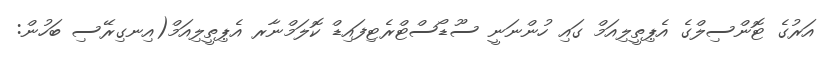
އަރުގެ ޓޮންސިލްގެ އެޕިތީލިއަމް ގައި ހުންނަނީ ސޫޑޯސްޓްރެޓިފައިޑް ކޮލަމްނާރ އެޕިތީލިއަމް(އިނގިރޭސި ބަހުން: